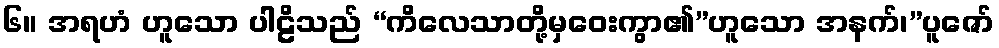
၆။ အရဟံ ဟူသော ပါဠိသည် “ကိလေသာတို့မှဝေးကွာ၏”ဟူသော အနက်၊”ပူဇော်